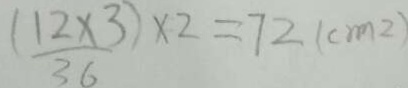
\frac { ( 1 2 \times 3 ) } { 3 6 } \times 2 = 7 2 ( c m ^ { 2 } )